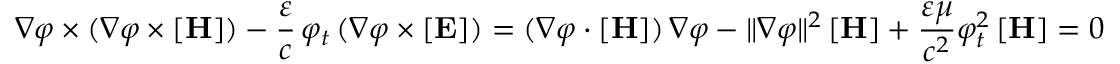
\nabla \varphi \times ( \nabla \varphi \times [ \mathbf { H } ] ) - { \frac { \varepsilon } { c } } \, \varphi _ { t } \, ( \nabla \varphi \times [ \mathbf { E } ] ) = ( \nabla \varphi \cdot [ \mathbf { H } ] ) \, \nabla \varphi - \| \nabla \varphi \| ^ { 2 } \, [ \mathbf { H } ] + { \frac { \varepsilon \mu } { c ^ { 2 } } } \varphi _ { t } ^ { 2 } \, [ \mathbf { H } ] = 0